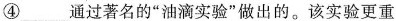
④ 通过著名的“油滴实验”做出的。该实验更重